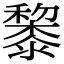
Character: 𥣥